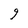
Character: 9